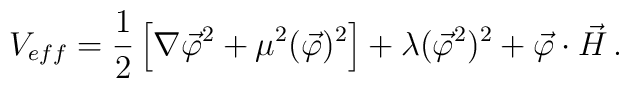
V_{eff}=\frac{1}{2}\left[ \nabla\vec{\varphi    }^{2}+\mu^{2}(\vec{\varphi })^{2}\right] +\lambda(\vec{\varphi   }^{2})^{2}+\vec{\varphi}\cdot \vec{H}\, .